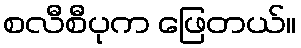
စလီစီပုက ဖြေတယ်။